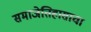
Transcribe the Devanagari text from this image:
समाजेतिहासाचा